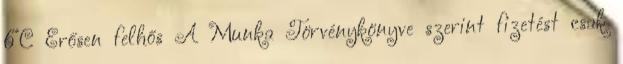
6°C Erősen felhős A Munka Törvénykönyve szerint fizetést csak